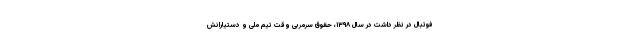
فوتبال در نظر داشت در سال ۱۳۹۸، حقوق سرمربی وقت تیم ملی و دستیارانش